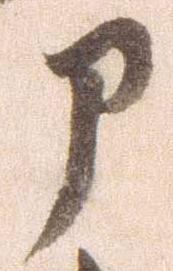
部